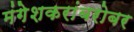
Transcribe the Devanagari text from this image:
मंगेशकरांबरोबर